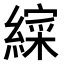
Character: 𮉁